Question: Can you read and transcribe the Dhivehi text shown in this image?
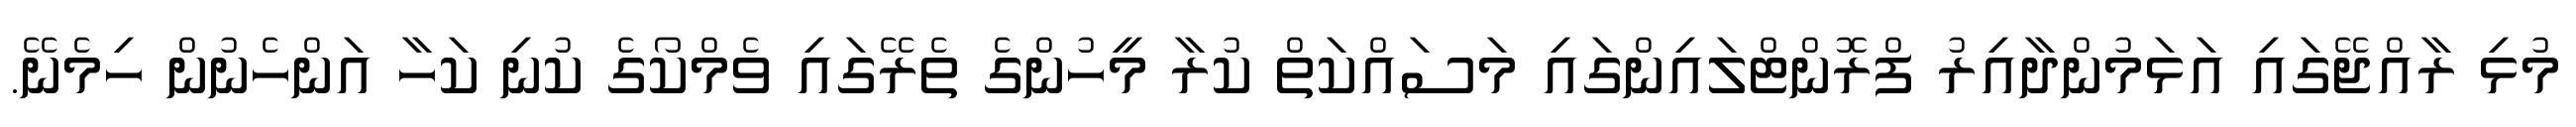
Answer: މުޅި ރާއްޖޭގައި އަޅަމުންދާއިރު ފްރޮންޓްލައިންގައި މަސައްކަތް ކުރާ މީހުންގެ ތެރޭގައި ވެމްކޯގެ ކުނި ކަހާ އަންހެނުން ހިމެނޭ.